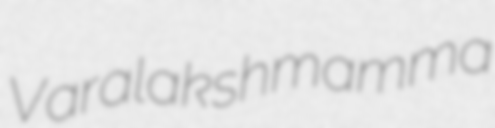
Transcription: Varalakshmamma